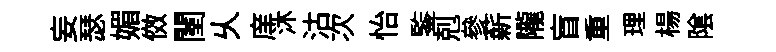
妄瑟媚傚闉乆庠沐沽次怡鍳剋參薪隴盲重理楊隂